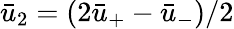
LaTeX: \bar{u}_{2}=(2\bar{u}_{+}-\bar{u}_{-})/2